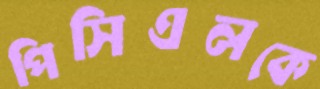
পিসিএলকে